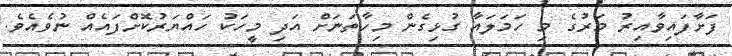
ފަށާފައިވާއިރު މަރުގެ މި ހަމަލައާ ގުޅިގެން މިހާތަނަށް އަދި މީހަކު ހައްޔަރުކޮށްފައެއް ނުވެއެވެ.